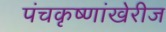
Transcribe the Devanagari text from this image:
पंचकृष्णांखेरीज